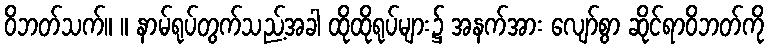
ဝိဘတ်သက်။ ။ နာမ်ရုပ်တွက်သည့်အခါ ထိုထိုရုပ်များ၌ အနက်အား လျော်စွာ ဆိုင်ရာဝိဘတ်ကို